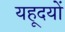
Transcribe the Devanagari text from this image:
यहूदयों